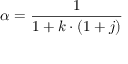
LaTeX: \alpha = { \frac { 1 } { 1 + k \cdot ( 1 + j ) } } \,